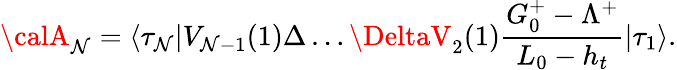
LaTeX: {\calA}_{\mathcal{N}}=\langle\tau_{\mathcal{N}}|V_{\mathcal{N}-1}(1)\Delta\ldots\DeltaV_{2}(1){\frac{{G_{0}^{+}-\Lambda^{+}}}{{L_{0}-h_{t}}}}|\tau_{1}\rangle.